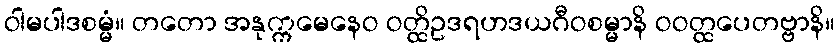
ဝါမပါဒစမ္မံ။ တတော အနုက္ကမေနေဝ ဝတ္ထိဥဒရဟဒယဂီဝစမ္မာနိ ဝဝတ္ထပေတဗ္ဗာနိ။